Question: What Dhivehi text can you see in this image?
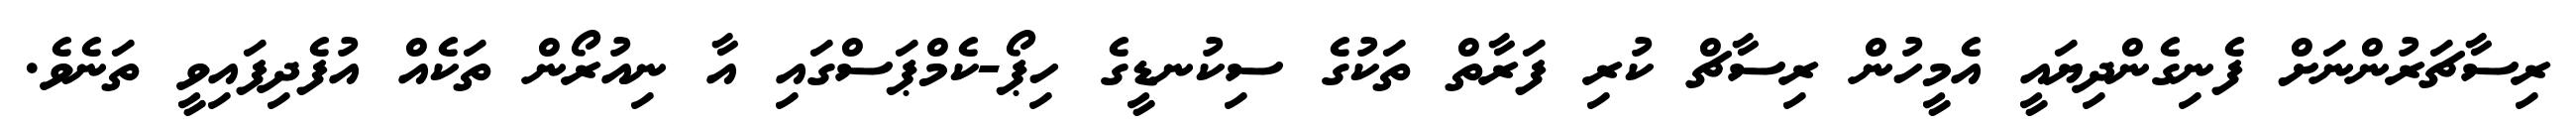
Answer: ރިސާޗަރުންނަށް ފެނިގެންދިޔައީ އެމީހުން ރިސާޗް ކުރި ފަރާތް ތަކުގެ ސިކުނޑީގެ ހިޕޯ-ކެމްޕަސްގައި އާ ނިއުރޯން ތަކެއް އުފެދިފައިވީ ތަނެވެ.